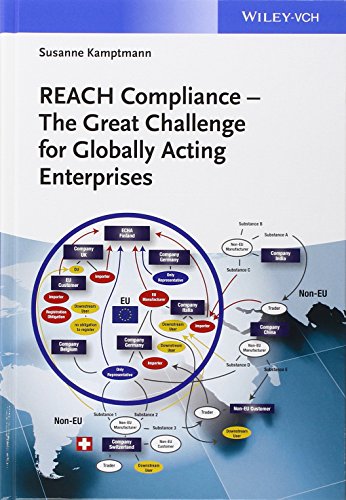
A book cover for REACH Compliance: The Great Challenge for Globally Acting Enterprises; Susanne Kamptmann; Science & Math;